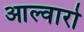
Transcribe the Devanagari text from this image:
आल्वारो